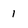
Character: 1